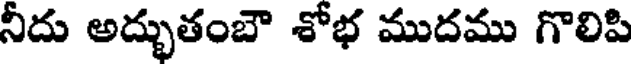
నీదు అద్భుతంబౌ శోభ ముదము గొలిపి